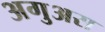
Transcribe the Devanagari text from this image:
अगुअस